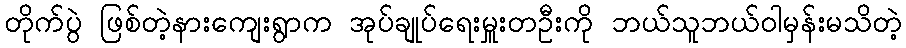
တိုက်ပွဲ ဖြစ်တဲ့နားကျေးရွာက အုပ်ချုပ်ရေးမှူးတဦးကို ဘယ်သူဘယ်ဝါမှန်းမသိတဲ့